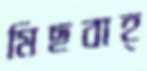
মিছবাহ্